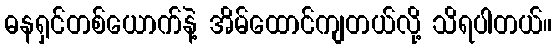
ဓနရှင်တစ်ယောက်နဲ့ အိမ်ထောင်ကျတယ်လို့ သိရပါတယ်။